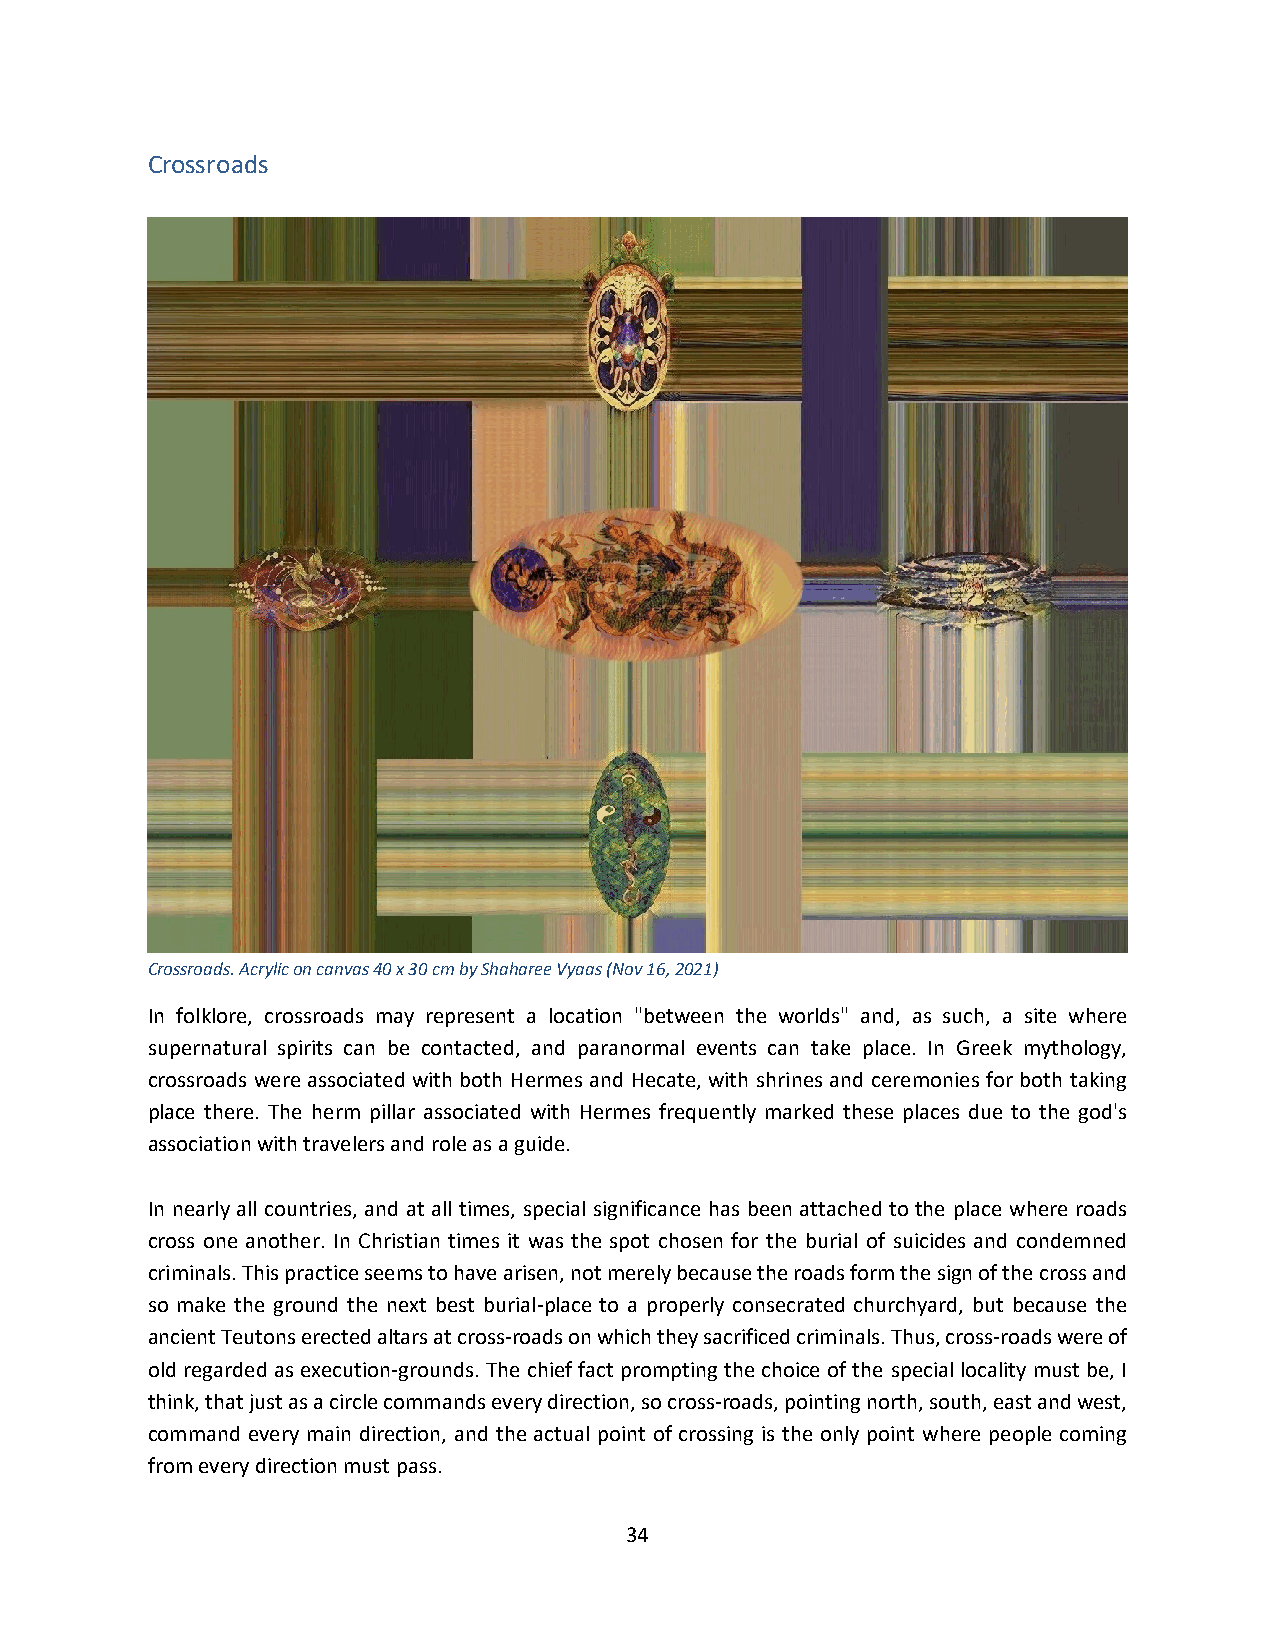
Crossroads
 Crossroads. Acrylic on canvas 40 x 30 cm by Shaharee Vyaas (Nov 16, 2021)
 In folklore, crossroads may represent a location "between the worlds" and, as such, a site where
 supernatural spirits can be contacted, and paranormal events can take place. In Greek mythology,
 crossroads were associated with both Hermes and Hecate, with shrines and ceremonies for both taking
 place there. The herm pillar associated with Hermes frequently marked these places due to the god's
 association with travelers and role as a guide.
 In nearly all countries, and at all times, special significance has been attached to the place where roads
 cross one another. In Christian times it was the spot chosen for the burial of suicides and condemned
 criminals. This practice seems to have arisen, not merely because the roads form the sign of the cross and
 so make the ground the next best burial-place to a properly consecrated churchyard, but because the
 ancient Teutons erected altars at cross-roads on which they sacrificed criminals. Thus, cross-roads were of
 old regarded as execution-grounds. The chief fact prompting the choice of the special locality must be, I
 think, that just as a circle commands every direction, so cross-roads, pointing north, south, east and west,
 command every main direction, and the actual point of crossing is the only point where people coming
 from every direction must pass.
 34